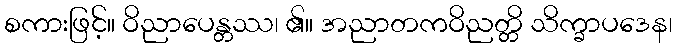
စကားဖြင့်။ ဝိညာပေန္တဿ၊ ၏။ အညာတကဝိညတ္တိ သိက္ခာပဒေန၊